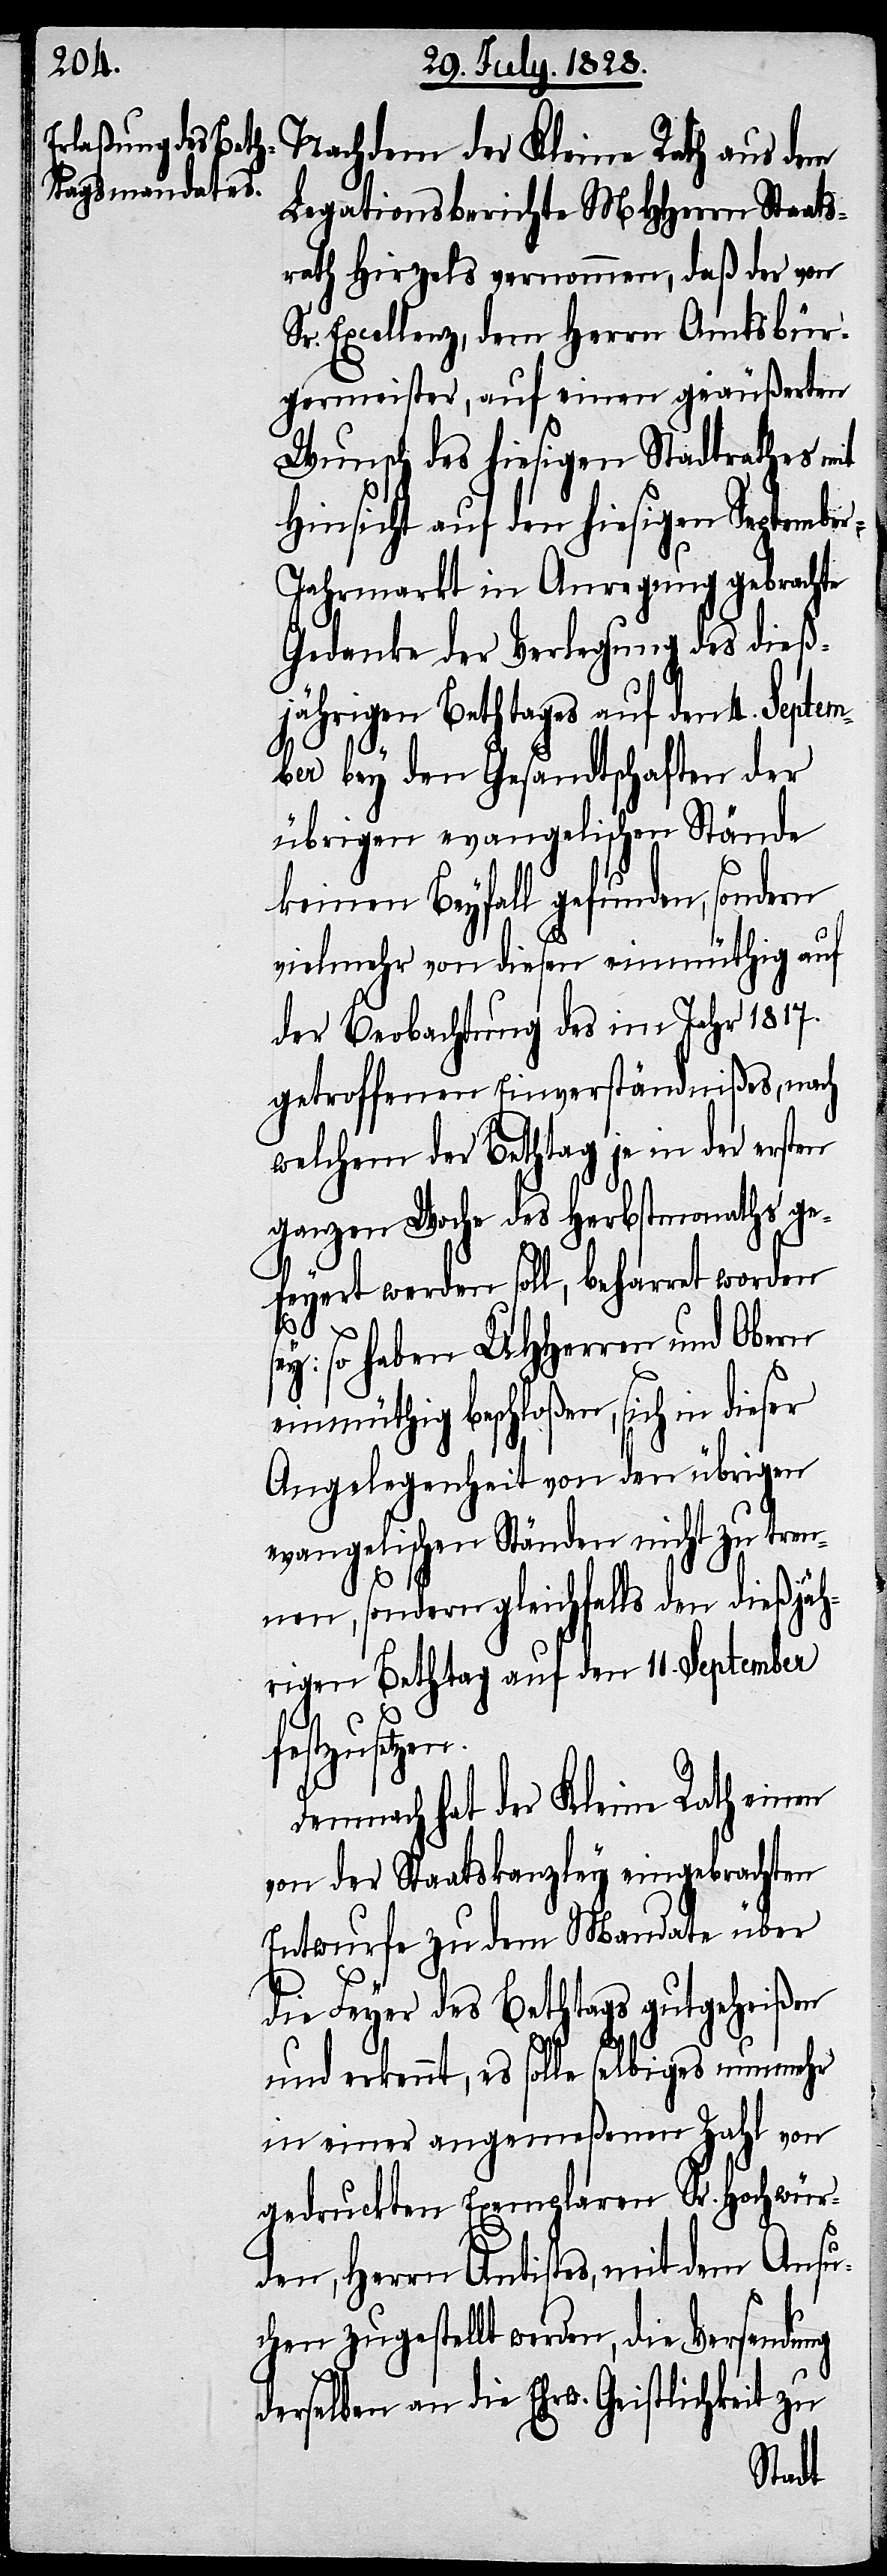
Legationsberichte MHHerrn Staats¬
rath Hirzels vernommen, daß der von
Sr. Excellenz, dem Herren Amtsbür¬
germeister, auf einen geäußerten
Wunsch des hiesigen Stadtrathes mit
Hinsicht auf den hiesigen Septembe¬
r-Jahrmarkt in Anregung gebrachte
Gedanke der Verlegung des dieß¬
jährigen Bethtages auf den 4. Septem¬
ber bey den Gesandtschaften der
übrigen evangelischen Stände
keinen Beyfall gefunden, sondern
vielmehr von diesen einmüthig auf
der Beobachtung des im Jahr 1817.
getroffenen Einverständnißes, nach
welchem der Bethtag je in der ersten
ganzen Woche des Herbstmonaths ge¬
feyert werden soll, beharrt worden
se¬
y: so haben UHHerren und Obern
einmüthig beschloßen, sich in dieser
Angelegenheit von den übrigen
evangelischen Ständen nicht zu tren¬
nen, sondern gleichfalls den dießjäh¬
rigen Bethtag auf den 11. September
fe¬
stzusetzen.
Demnach hat der Kleine Rath einen
von der Staatskanzley eingebrachten
Entwurfe zu dem Mandate über
die Feyer des Bethtags gutgeheißen
und erkennt, es solle selbiges nunmehr
in einer angemeßenen Zahl von
gedruckten Exemplaren Sr. Hochwür¬
den, Herrn Antistes, mit dem Ansu¬
chen zugestellt werden, die Versendung
derselben an die Ehrw. Geistlichkeit zu